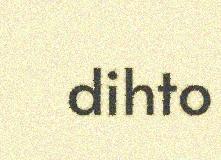
dihto